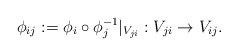
\begin{align*} \phi_{ij}:= \phi_i\circ{\phi_j^{-1}} \vert_{ V_{ji} }:V_{ji}\to V_{ij} .\end{align*}